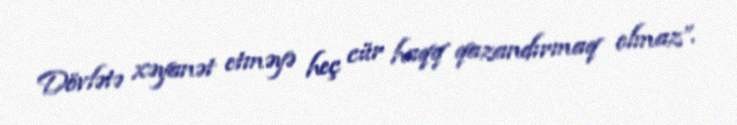
Dövlətə xəyanət etməyə heç cür haqq qazandırmaq olmaz”.